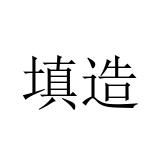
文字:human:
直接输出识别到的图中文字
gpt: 填造